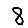
Digit: 8